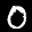
Label: 0